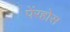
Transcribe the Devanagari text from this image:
पेंरहोस